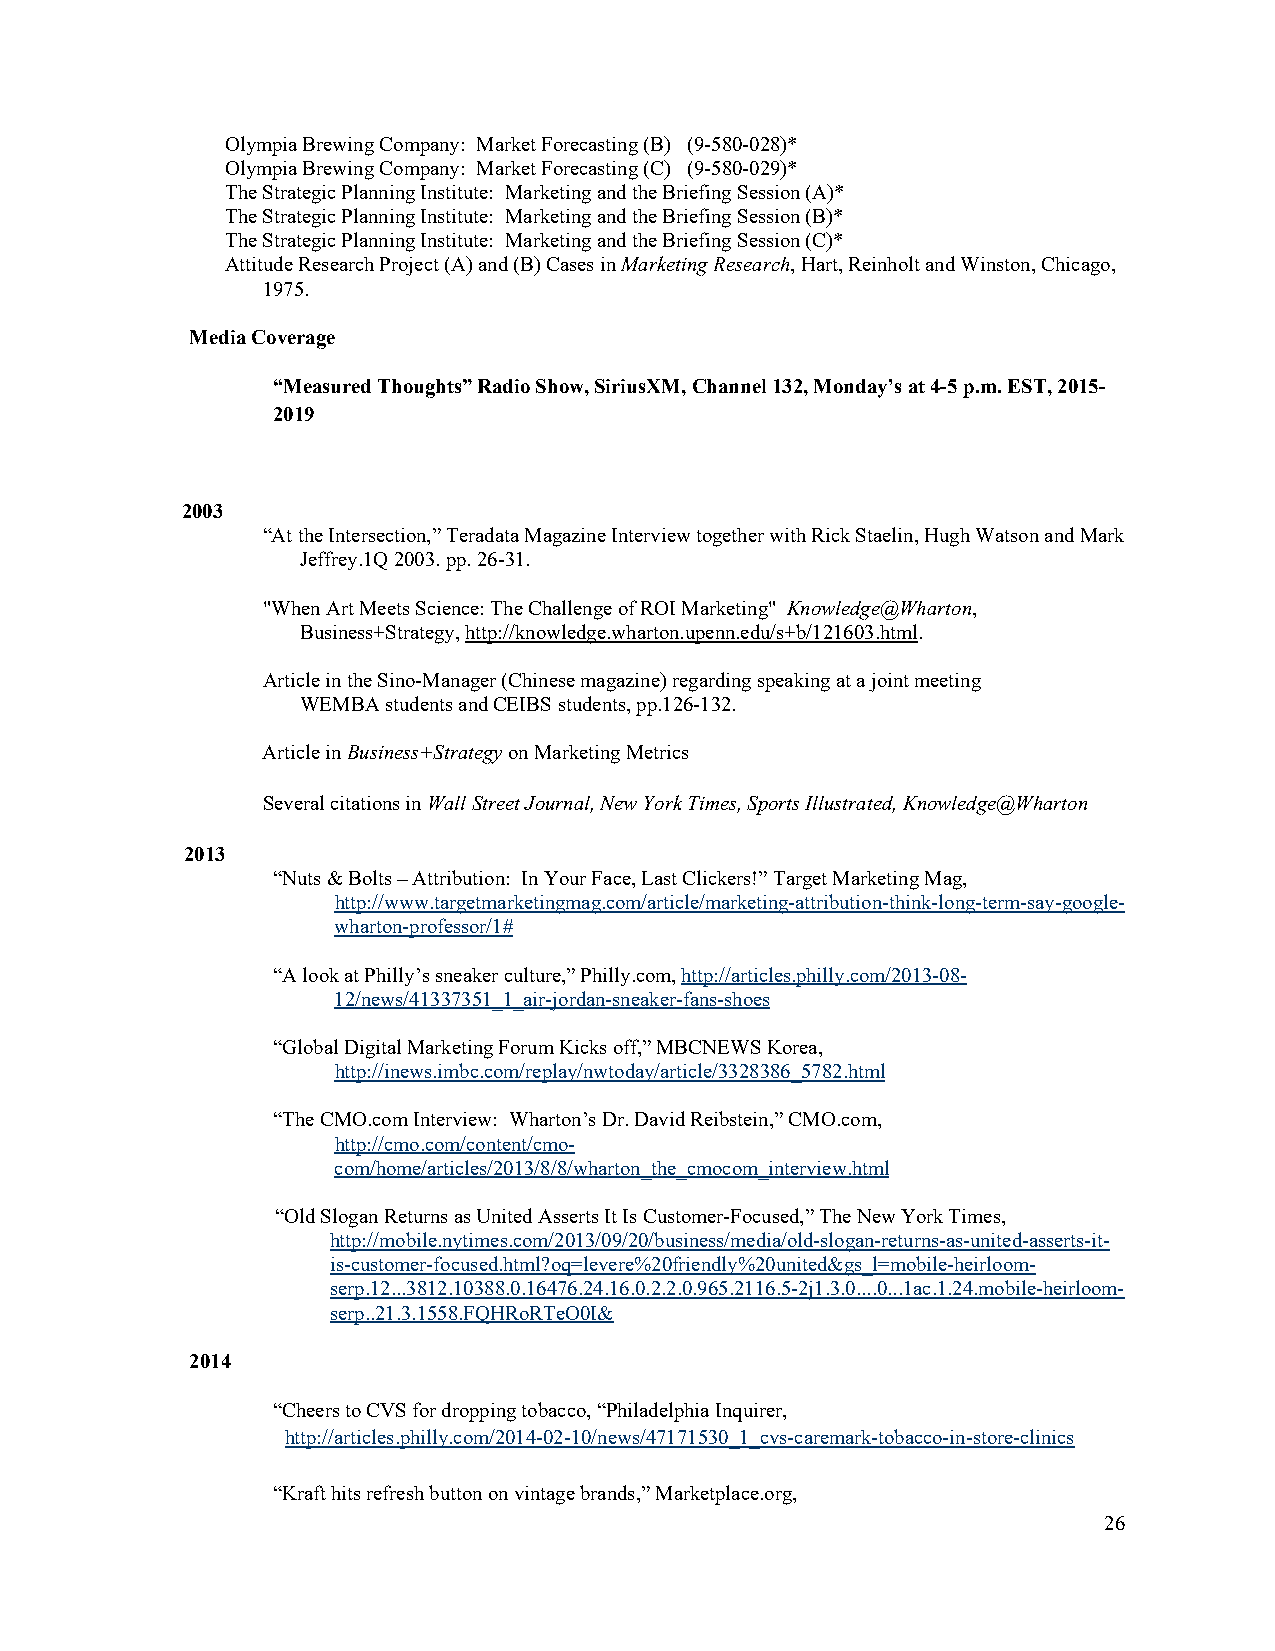
Olympia Brewing Company: Market Forecasting (B) (9-580-028)*
 Olympia Brewing Company: Market Forecasting (C) (9-580-029)*
 The Strategic Planning Institute: Marketing and the Briefing Session (A)*
 The Strategic Planning Institute: Marketing and the Briefing Session (B)*
 The Strategic Planning Institute: Marketing and the Briefing Session (C)*
 Attitude Research Project (A) and (B) Cases in Marketing Research, Hart, Reinholt and Winston, Chicago,
 1975.
 Media Coverage
 “Measured Thoughts” Radio Show, SiriusXM, Channel 132, Monday’s at 4-5 p.m. EST, 2015-
 2019
 2003
 “At the Intersection,” Teradata Magazine Interview together with Rick Staelin, Hugh Watson and Mark
 Jeffrey.1Q 2003. pp. 26-31.
 "When Art Meets Science: The Challenge of ROI Marketing" Knowledge@Wharton,
 Business+Strategy, http://knowledge.wharton.upenn.edu/s+b/121603.html.
 Article in the Sino-Manager (Chinese magazine) regarding speaking at a joint meeting
 WEMBA students and CEIBS students, pp.126-132.
 Article in Business+Strategy on Marketing Metrics
 Several citations in Wall Street Journal, New York Times, Sports Illustrated, Knowledge@Wharton
 2013
 “Nuts & Bolts – Attribution: In Your Face, Last Clickers!” Target Marketing Mag,
 http://www.targetmarketingmag.com/article/marketing-attribution-think-long-term-say-google-
 wharton-professor/1#
 “A look at Philly’s sneaker culture,” Philly.com, http://articles.philly.com/2013-08-
 12/news/41337351_1_air-jordan-sneaker-fans-shoes
 “Global Digital Marketing Forum Kicks off,” MBCNEWS Korea,
 http://inews.imbc.com/replay/nwtoday/article/3328386_5782.html
 “The CMO.com Interview: Wharton’s Dr. David Reibstein,” CMO.com,
 http://cmo.com/content/cmo-
 com/home/articles/2013/8/8/wharton_the_cmocom_interview.html
 “Old Slogan Returns as United Asserts It Is Customer-Focused,” The New York Times,
 http://mobile.nytimes.com/2013/09/20/business/media/old-slogan-returns-as-united-asserts-it-
 is-customer-focused.html?oq=levere%20friendly%20united&gs_l=mobile-heirloom-
 serp.12...3812.10388.0.16476.24.16.0.2.2.0.965.2116.5-2j1.3.0....0...1ac.1.24.mobile-heirloom-
 serp..21.3.1558.FQHRoRTeO0I&
 2014
 “Cheers to CVS for dropping tobacco, “Philadelphia Inquirer,
 http://articles.philly.com/2014-02-10/news/47171530_1_cvs-caremark-tobacco-in-store-clinics
 “Kraft hits refresh button on vintage brands,” Marketplace.org,
 26